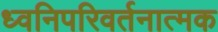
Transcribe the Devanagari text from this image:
ध्वनिपरिवर्तनात्मक